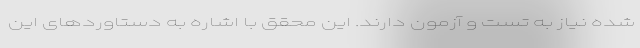
شده نیاز به تست و آزمون دارند. این محقق با اشاره به دستاوردهای این